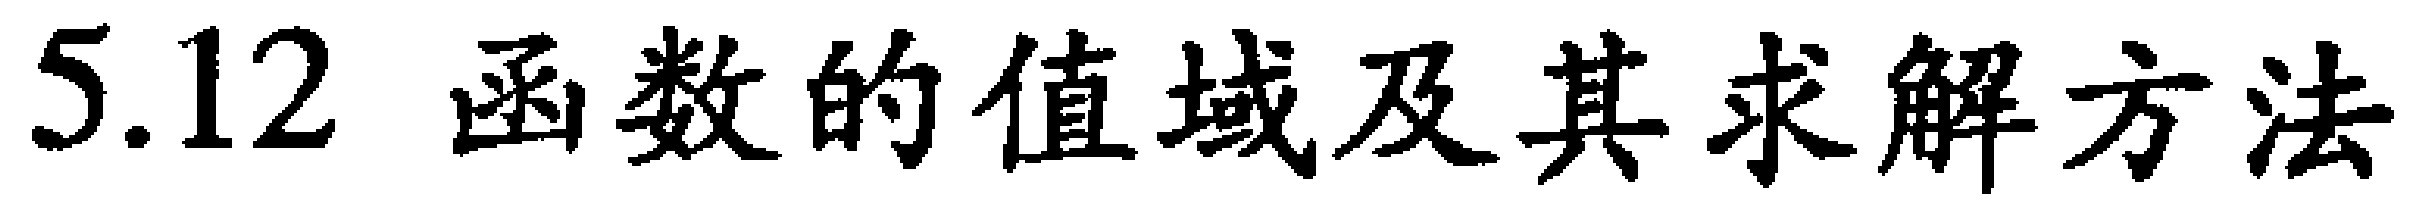
$5.12\ 函数的值域及其求解方法$